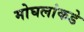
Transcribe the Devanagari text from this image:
मोघलांकडे